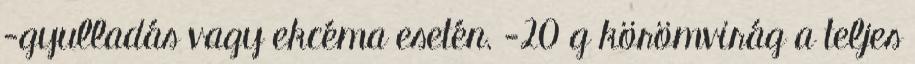
-gyulladás vagy ekcéma esetén. -20 g körömvirág a teljes